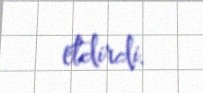
etdirdi.